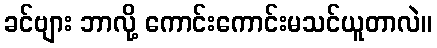
ခင်ဗျား ဘာလို့ ကောင်းကောင်းမသင်ယူတာလဲ။